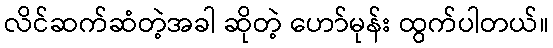
လိင်ဆက်ဆံတဲ့အခါ ဆိုတဲ့ ဟော်မုန်း ထွက်ပါတယ်။